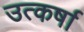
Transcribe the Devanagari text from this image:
उत्कर्षा